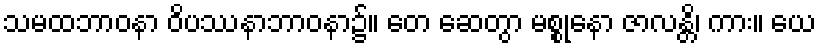
သမထဘာဝနာ ဝိပဿနာဘာဝနာ၌။ တေ ဆေတွာ မစ္စုနော ဇာလန္တိ၊ ကား။ ယေ